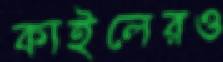
কাইলেরও